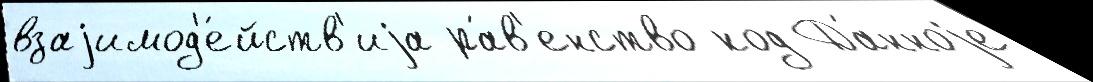
взаjимод'е́йств'иjа ра́в'енство код Да́нноjе